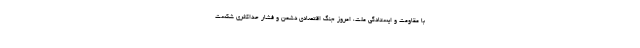
با مقاومت و ایستادگی ملت، امروز جنگ اقتصادی دشمن و فشار حداکثری شکست